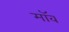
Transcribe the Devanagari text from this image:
मॉव